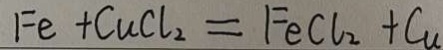
F e + C u C l _ { 2 } = F e C l _ { 2 } + C u